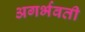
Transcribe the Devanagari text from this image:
अगर्भवती